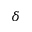
\delta